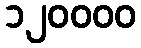
၁၂၀၀၀၀